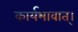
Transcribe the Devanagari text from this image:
कार्यभावात्।